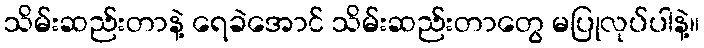
သိမ်းဆည်းတာနဲ့ ရေခဲအောင် သိမ်းဆည်းတာတွေ မပြုလုပ်ပါနဲ့။